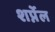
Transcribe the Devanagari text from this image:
शर्प्नेल